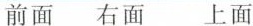
前面 右面 上面